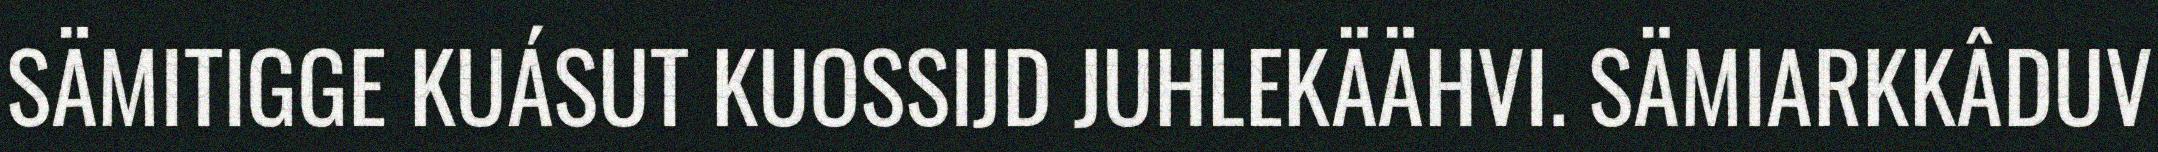
SÄMITIGGE KUÁSUT KUOSSIJD JUHLEKÄÄHVI. SÄMIARKKÂDUV